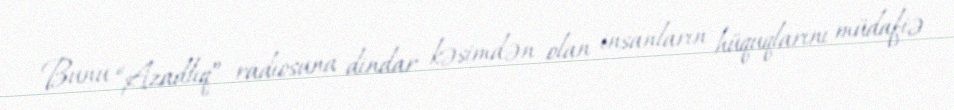
Bunu “Azadlıq” radiosuna dindar kəsimdən olan insanların hüquqlarını müdafiə